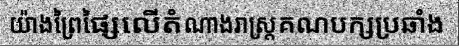
យ៉ាងព្រៃផ្សៃលើតំណាងរាស្ត្រគណបក្សប្រឆាំង